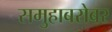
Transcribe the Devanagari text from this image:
समुहाबरोबर